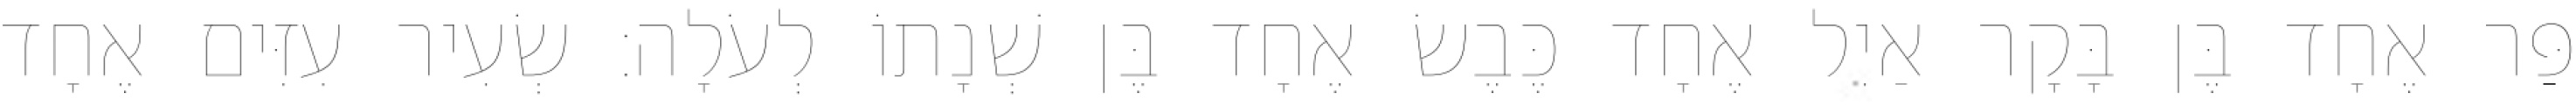
פַּר אֶחָד בֶּן בָּקָר אַיִל אֶחָד כֶּבֶשׂ אֶחָד בֶּן שְׁנָתוֹ לְעֹלָה׃ שְׂעִיר עִזִּים אֶחָד